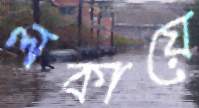
লকায়ে